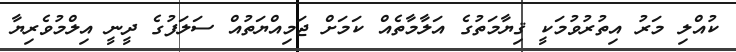
ކުއްލި މަރު އިތުރުވުމަކީ ޤިޔާމަތުގެ އަލާމާތެއް ކަމަށް ޖަމިއްޔަތުއް ސަލަފުގެ ދީނީ އިލްމުވެރިޔާ